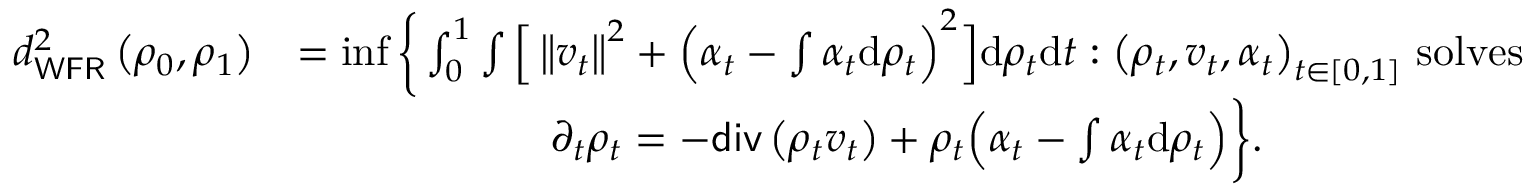
\begin{array} { r l } { d _ { \mathsf { W F R } } ^ { 2 } \left( \rho _ { 0 } , \rho _ { 1 } \right) } & { = \operatorname* { i n f } \bigg \{ \int _ { 0 } ^ { 1 } \int \Big [ \left\Vert v _ { t } \right\Vert ^ { 2 } + \Big ( \alpha _ { t } - \int \alpha _ { t } \mathrm { d } \rho _ { t } \Big ) ^ { 2 } \Big ] \mathrm { d } \rho _ { t } \mathrm { d } t : \left( \rho _ { t } , v _ { t } , \alpha _ { t } \right) _ { t \in [ 0 , 1 ] } \, \mathrm { s o l v e s } } \\ & { \qquad \qquad \qquad \partial _ { t } \rho _ { t } = - \mathsf { d i v } \left( \rho _ { t } v _ { t } \right) + \rho _ { t } \Big ( \alpha _ { t } - \int \alpha _ { t } \mathrm { d } \rho _ { t } \Big ) \bigg \} . } \end{array}